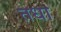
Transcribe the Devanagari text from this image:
तधा